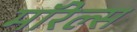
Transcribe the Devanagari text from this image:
मॉरेल्स